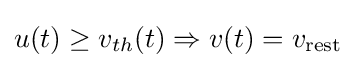
u(t)\geq v_{th}(t)\Rightarrow v(t)=v_{\text{rest}}